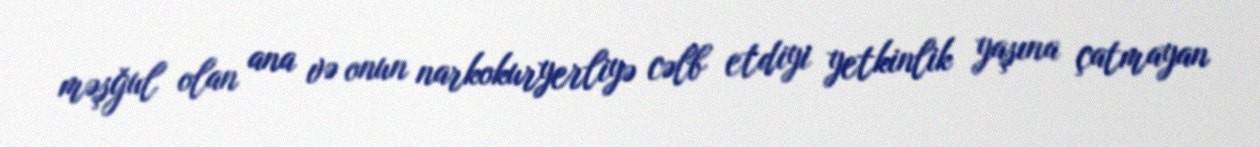
məşğul olan ana və onun narkokuryerliyə cəlb etdiyi yetkinlik yaşına çatmayan